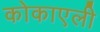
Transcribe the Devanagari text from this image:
कोकाएली